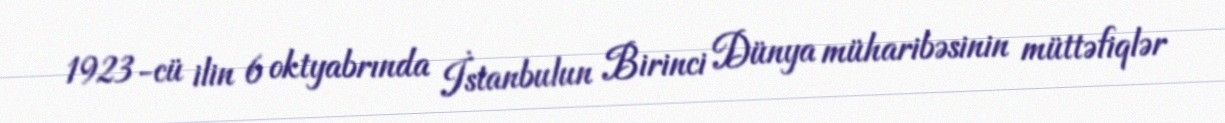
1923-cü ilin 6 oktyabrında İstanbulun Birinci Dünya müharibəsinin müttəfiqlər